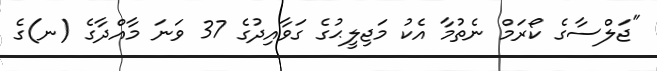
"ޖަލްސާގެ ކޯރަމް ނެތުމާ އެކު މަޖިލީޙުގެ ގަވާއިދުގެ 37 ވަނަ މާއްދާގެ (ނ)ގެ